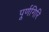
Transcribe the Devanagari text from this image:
पूर्णगिरि